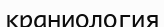
краниология